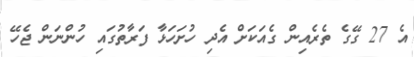
އެ 27 ގޭގެ ތެރެއިން ގެއަކަށް އެދި ހުށަހަޅާ ފަރާތުގައި ހުންނަން ޖެހޭ